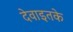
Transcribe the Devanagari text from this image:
देवाइतके